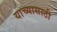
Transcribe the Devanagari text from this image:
याच्यासाठी